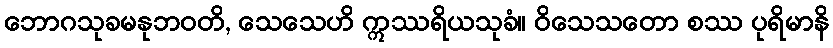
ဘောဂသုခမနုဘဝတိ, သေသေဟိ ဣဿရိယသုခံ။ ဝိသေသတော စဿ ပုရိမာနိ